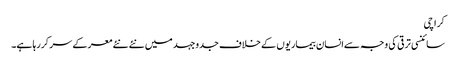
کراچی
سائنسی ترقی کی وجہ سےانسان بیماریوں کے خلاف جدوجہد میں نئے نئے معرکے سر کررہا ہے۔